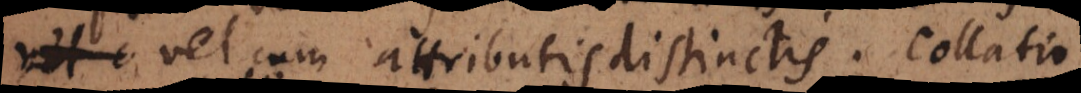
cum attributis distinctis. Quoties